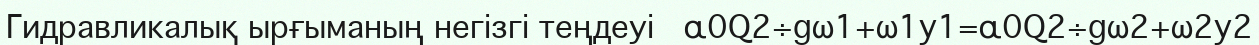
Гидравликалық ырғыманың негізгі теңдеуі   α0Q2÷gω1+ω1y1=α0Q2÷gω2+ω2y2